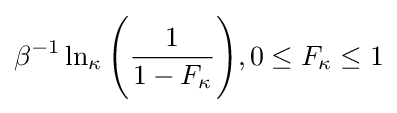
\beta ^{-1}\ln _{\kappa }{\Bigg (}{\frac {1}{1-F_{\kappa }}}{\Bigg )},0\leq F_{\kappa }\leq 1